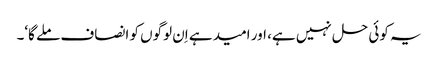
یہ کوئی حل نہیں ہے، اور امید ہے اِن لوگوں کو انصاف ملے گا‘۔